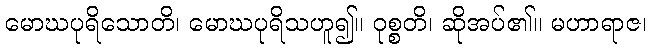
မောဃပုရိသောတိ၊ မောဃပုရိသဟူ၍။ ဝုစ္စတိ၊ ဆိုအပ်၏။ မဟာရာဇ၊